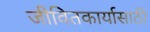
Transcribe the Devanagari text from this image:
जीवितकार्यासाठी